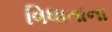
વિધાતાના